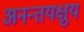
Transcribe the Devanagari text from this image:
अनन्तयक्षुय